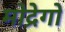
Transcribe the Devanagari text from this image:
मोद्रेगो